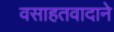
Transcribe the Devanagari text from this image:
वसाहतवादाने